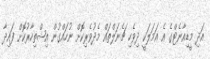
އަދި މީޑިއާނެޓްގެ އެ އަމަލަކީ ދިވެހި ޗެނަލްތައް މެދުވެރިކޮށް ނުހައްގުން އިޝްތިހާރުކޮށް ފައިދާ